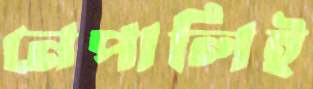
নেপালিই